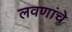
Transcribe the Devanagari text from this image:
लवणांचे